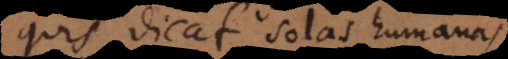
quis dicat solas humanas